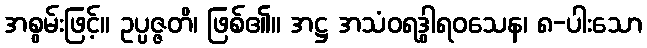
အစွမ်းဖြင့်။ ဥပ္ပဇ္ဇတိ၊ ဖြစ်၏။ အဋ္ဌ အသံဝရဒွါရဝသေန၊ ၈-ပါးသော